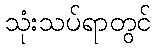
သုံးသပ်ရာတွင်